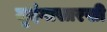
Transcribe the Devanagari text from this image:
मृदंगासारखी